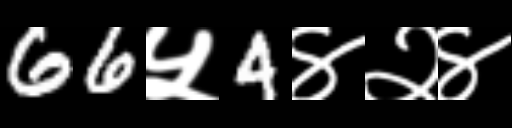
Text: 66५4४२४